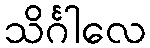
သိင်္ဂါလေ